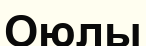
Оюлы